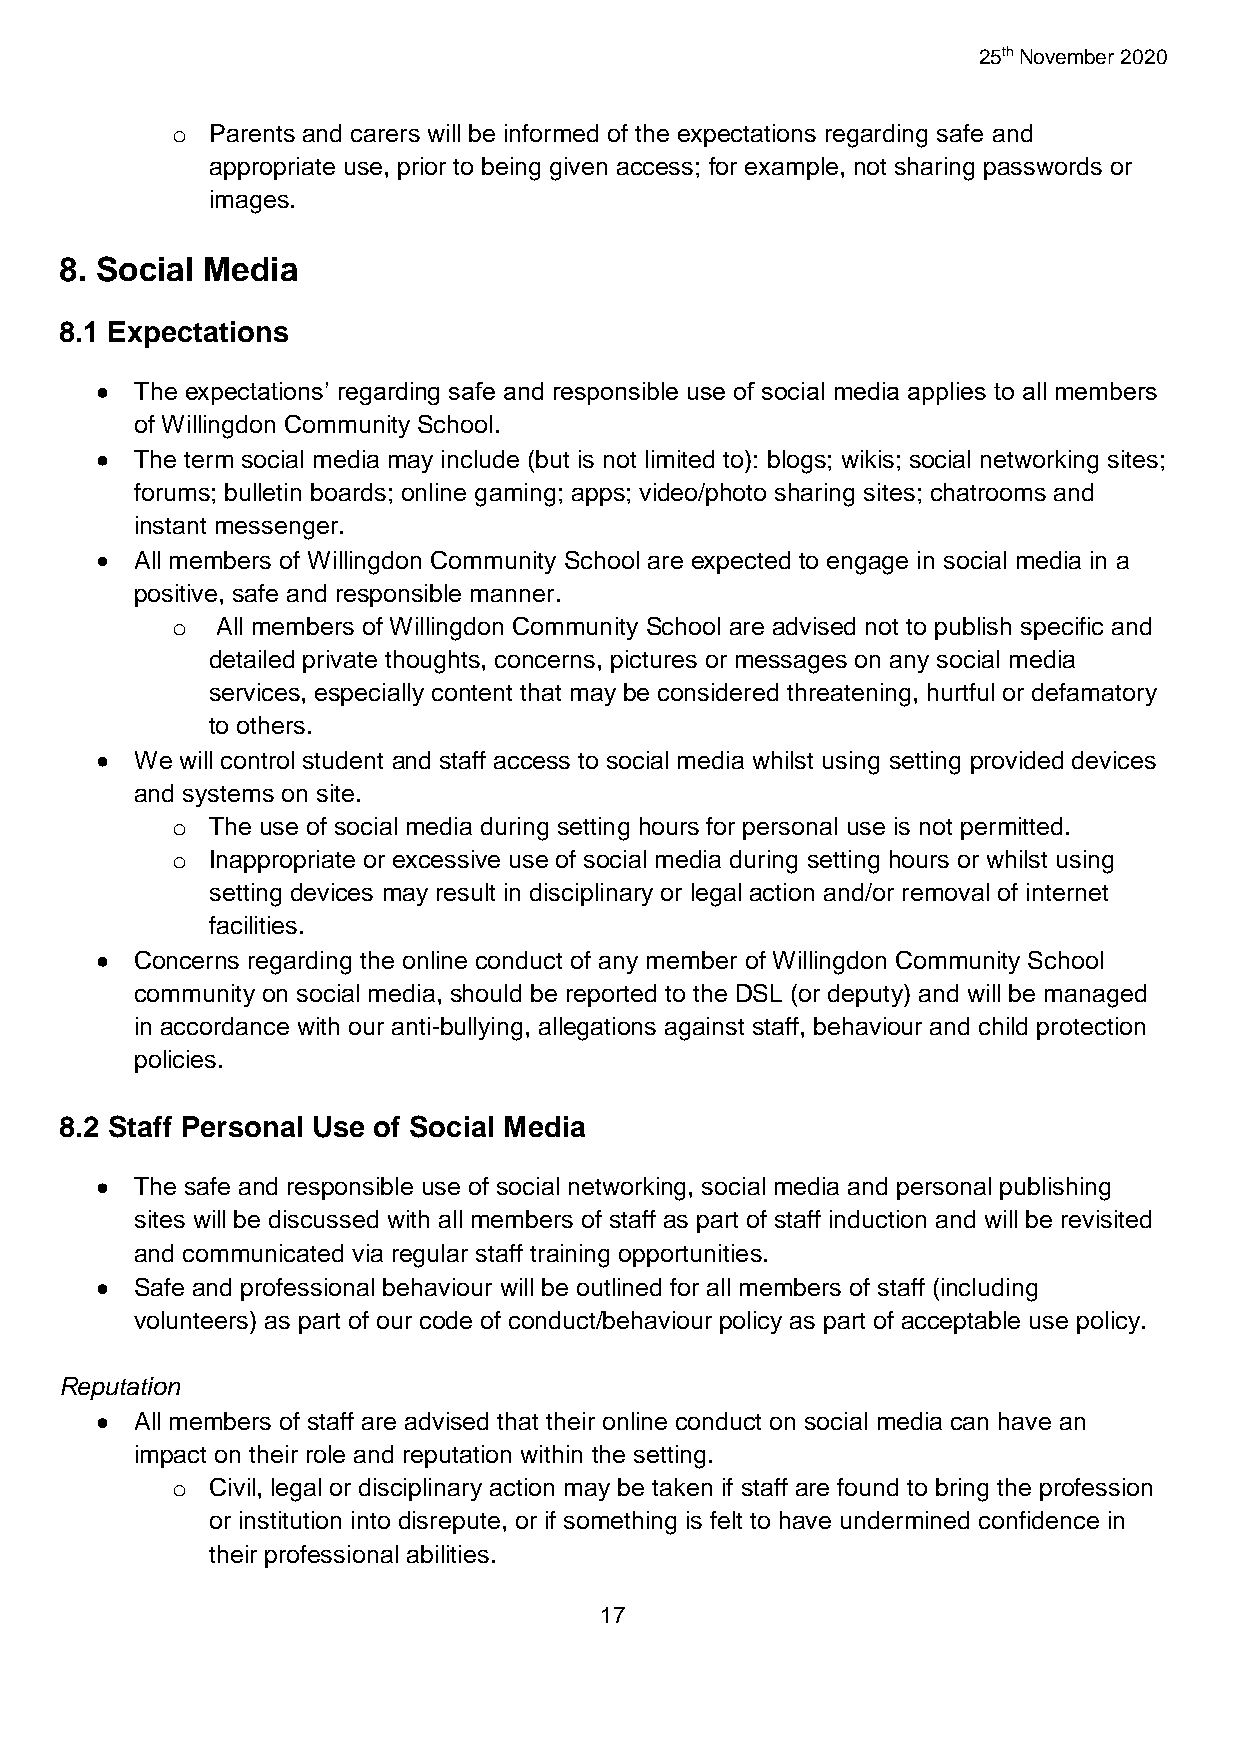
25th November 2020
 o  Parents and carers will be informed of the expectations regarding safe and
 appropriate use, prior to being given access; for example, not sharing passwords or
 images.
 8. Social Media
 8.1 Expectations
   The expectations’ regarding safe and responsible use of social media applies to all members
 of Willingdon Community School.
   The term social media may include (but is not limited to): blogs; wikis; social networking sites;
 forums; bulletin boards; online gaming; apps; video/photo sharing sites; chatrooms and
 instant messenger.
   All members of Willingdon Community School are expected to engage in social media in a
 positive, safe and responsible manner.
 o  All members of Willingdon Community School are advised not to publish specific and
 detailed private thoughts, concerns, pictures or messages on any social media
 services, especially content that may be considered threatening, hurtful or defamatory
 to others.
   We will control student and staff access to social media whilst using setting provided devices
 and systems on site.
 o  The use of social media during setting hours for personal use is not permitted.
 o  Inappropriate or excessive use of social media during setting hours or whilst using
 setting devices may result in disciplinary or legal action and/or removal of internet
 facilities.
   Concerns regarding the online conduct of any member of Willingdon Community School
 community on social media, should be reported to the DSL (or deputy) and will be managed
 in accordance with our anti-bullying, allegations against staff, behaviour and child protection
 policies.
 8.2 Staff Personal Use of Social Media
   The safe and responsible use of social networking, social media and personal publishing
 sites will be discussed with all members of staff as part of staff induction and will be revisited
 and communicated via regular staff training opportunities.
   Safe and professional behaviour will be outlined for all members of staff (including
 volunteers) as part of our code of conduct/behaviour policy as part of acceptable use policy.
 Reputation
   All members of staff are advised that their online conduct on social media can have an
 impact on their role and reputation within the setting.
 o  Civil, legal or disciplinary action may be taken if staff are found to bring the profession
 or institution into disrepute, or if something is felt to have undermined confidence in
 their professional abilities.
 17